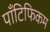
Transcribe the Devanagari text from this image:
पॉँटिफिकम